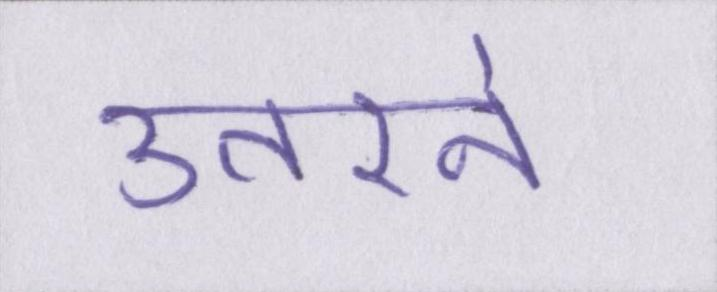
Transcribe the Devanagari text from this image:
उतरने